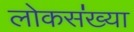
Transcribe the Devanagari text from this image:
लोकस॑ख्या